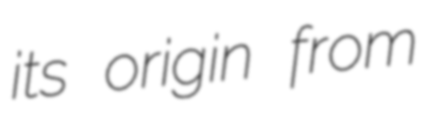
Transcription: its origin from